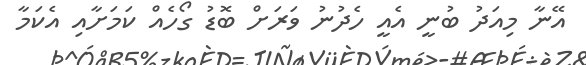
އޭނާ މިއަދު ބުނީ އެއީ ހެދުނު ވަރަށް ބޮޑު ގޯހެއް ކަމަށާއި އެކަމާ